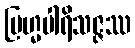
ဗြဟ္မပါရိသဇ္ဇဿ